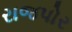
રાજપોર